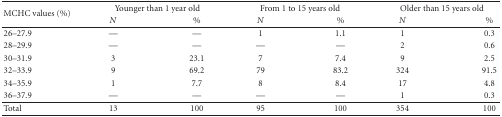
<table><thead><tr><td rowspan="2"><b>MCHC values (%)</b></td><td colspan="2"><b>Younger than 1 year old</b></td><td colspan="2"><b>From 1 to 15 years old</b></td><td colspan="2"><b>Older than 15 years old</b></td></tr><tr><td><b> <i>N </i></b></td><td><b>%</b></td><td><b> <i>N </i></b></td><td><b>%</b></td><td><b> <i>N </i></b></td><td><b>%</b></td></tr></thead><tbody><tr><td>26–27.9</td><td> —</td><td>—</td><td> 1</td><td>1.1</td><td> 1</td><td>0.3</td></tr><tr><td>28–29.9</td><td> —</td><td>—</td><td> —</td><td>—</td><td> 2</td><td>0.6</td></tr><tr><td>30–31.9</td><td> 3</td><td>23.1</td><td> 7</td><td>7.4</td><td> 9</td><td>2.5</td></tr><tr><td>32–33.9</td><td> 9</td><td>69.2</td><td> 79</td><td>83.2</td><td> 324</td><td>91.5</td></tr><tr><td>34–35.9</td><td> 1</td><td>7.7</td><td> 8</td><td>8.4</td><td> 17</td><td>4.8</td></tr><tr><td>36–37.9</td><td> —</td><td>—</td><td> —</td><td>—</td><td> 1</td><td>0.3</td></tr><tr><td>Total</td><td> 13</td><td>100</td><td> 95</td><td>100</td><td> 354</td><td>100</td></tr></tbody></table>